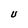
Character: U